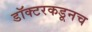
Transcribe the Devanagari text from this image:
डॉक्टरकडूनच